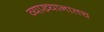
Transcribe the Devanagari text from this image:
व्याख्यानातच